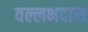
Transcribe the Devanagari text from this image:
वल्लभदास